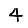
Digit: 4